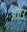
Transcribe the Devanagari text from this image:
अंजउ